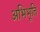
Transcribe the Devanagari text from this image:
अभिभूति